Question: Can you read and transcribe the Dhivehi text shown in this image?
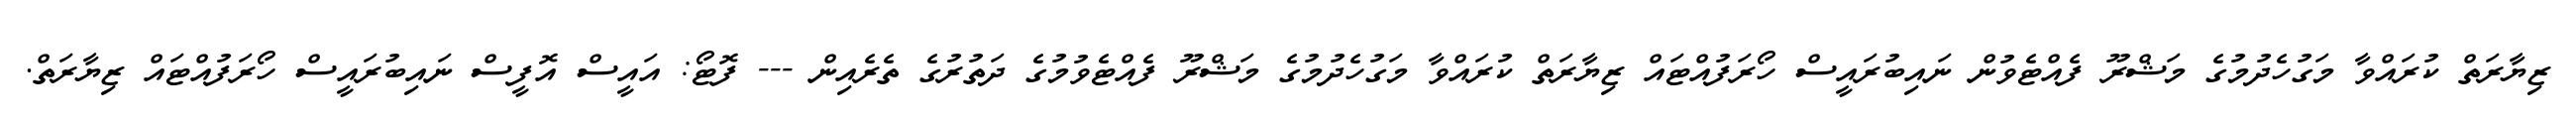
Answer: ޒިޔާރަތް ކުރައްވާ މަގުހެދުމުގެ މަޝްރޫ ފެއްޓެވުން ނައިބުރައީސް ހޯރަފުއްޓައް ޒިޔާރަތް ކުރައްވާ މަގުހެދުމުގެ މަޝްރޫ ފެއްޓެވުމުގެ ދަތުރުގެ ތެރެއިން --- ފޮޓޯ: އައީސް އޮފީސް ނައިބުރައީސް ހޯރަފުއްޓައް ޒިޔާރަތް.